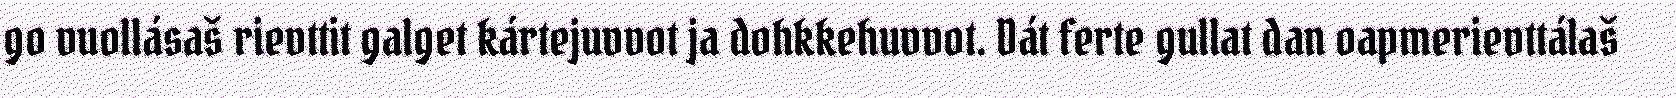
go vuollásaš rievttit galget kártejuvvot ja dohkkehuvvot. Dát ferte gullat dan oapmerievttálaš